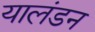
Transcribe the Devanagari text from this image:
यालंडन